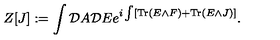
Z [ J ] : = \int { \cal D } A { \cal D } E e ^ { i \int [ \mathrm { T r } \left( E \wedge F \right) + \mathrm { T r } \left( E \wedge J \right) ] } .